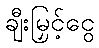
ချီးမြှင့်ငွေ